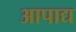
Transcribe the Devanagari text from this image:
आपाद्य